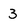
Character: 3